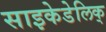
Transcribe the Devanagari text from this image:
साइकेडेलिक्